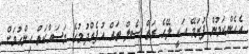
އެހެންކަމުން ފުރަމޭ އަކީ ލޭގެ ރަތް ސެލް ތައް އުފެއްދުމުގެ މަސައްކަތް ހިންގުމަށް